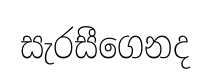
සැරසීගෙනද